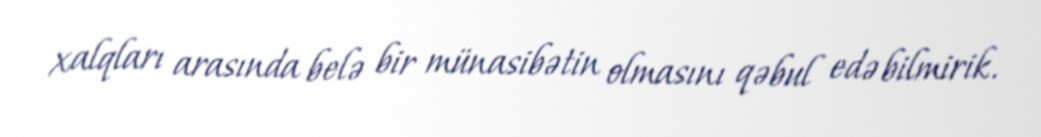
xalqları arasında belə bir münasibətin olmasını qəbul edə bilmirik.